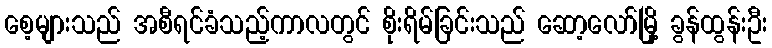
စေ့များသည် အစီရင်ခံသည့်ကာလတွင် စိုးရိမ်ခြင်းသည် ဆော့လော်မြို့ ခွန်ထွန်းဦး